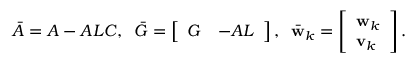
\begin{array} { r } { \bar { A } = A - A L C , \; \; \bar { G } = \left[ \begin{array} { l l } { G } & { - A L } \end{array} \right] , \; \; \bar { \mathbf { w } } _ { k } = \left[ \begin{array} { l } { \mathbf { w } _ { k } } \\ { \mathbf { v } _ { k } } \end{array} \right] . } \end{array}